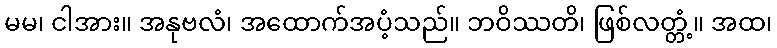
မမ၊ ငါအား။ အနုဗလံ၊ အထောက်အပံ့သည်။ ဘဝိဿတိ၊ ဖြစ်လတ္တံ့။ အထ၊